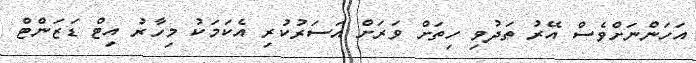
އަހަންނަށްވެސް އޭރު ތަދުވި ހިތަށް ވަރަށް އަސަރުކުރި އެކަމަކު މިހާރު އިޓް ޑަޒަންޓް